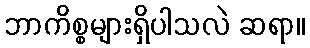
ဘာကိစ္စများရှိပါသလဲ ဆရာ။